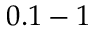
0 . 1 - 1